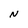
Character: N